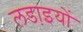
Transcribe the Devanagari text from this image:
लडा़इयों